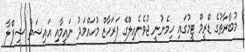
މުބާރާތުގެ ޑްރީމް ޓީމުގައި ހިމެނުނީ ޖުވެނެއިލްގެ ފަރަހާޒް މުހައްމަދު ނައީމާއި އައިޝަތު ޝިފްލާ